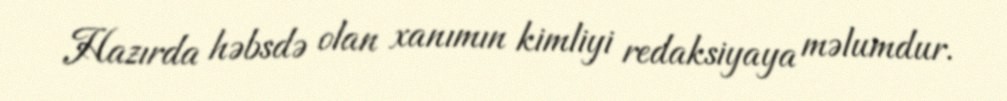
Hazırda həbsdə olan xanımın kimliyi redaksiyaya məlumdur.